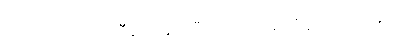
ဒါယကာသည်။ သီလေသု၊ သီလတို့၌။ အပရိပူရကာရိနော၊